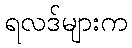
ရလဒ်များက